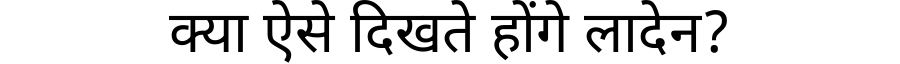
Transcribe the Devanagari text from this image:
क्या ऐसे दिखते होंगे लादेन?